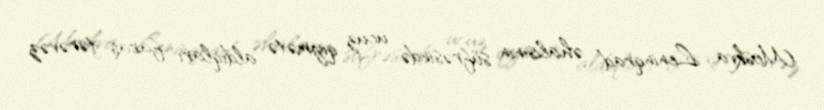
Moskva, Leninqrad əhalisinin süfrəsində ucuz qiymətə aldıqları faraş tərəvəz